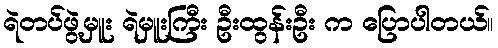
ရဲတပ်ဖွဲ့မှူး ရဲမှူးကြီး ဦးထွန်းဦး က ပြောပါတယ်။